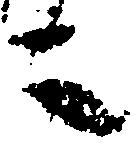
之